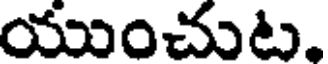
యుంచుట.